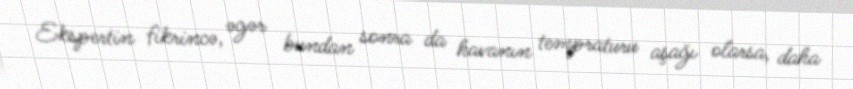
Ekspertin fikrincə, əgər bundan sonra da havanın tempraturu aşağı olarsa, daha